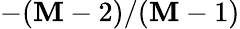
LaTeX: -(\mathbf{M}-2)/(\mathbf{M}-1)